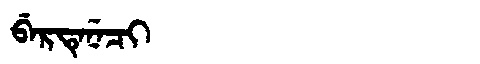
Manchu: ᠪᡝᡵᡨᡝᠨᡝᠴᡳ
Romanization: BERTENECI